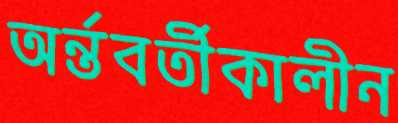
অর্ন্তবর্তীকালীন